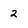
Character: 2